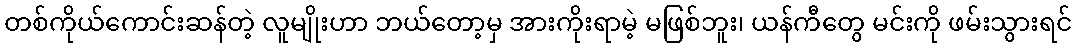
တစ်ကိုယ်ကောင်းဆန်တဲ့ လူမျိုးဟာ ဘယ်တော့မှ အားကိုးရာမဲ့ မဖြစ်ဘူး၊ ယန်ကီတွေ မင်းကို ဖမ်းသွားရင်